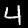
Digit: 4